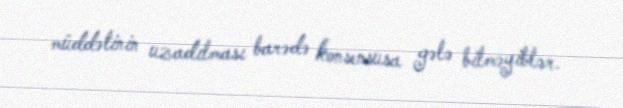
müddətinin uzadılması barədə konsensusa gələ bilməyiblər.